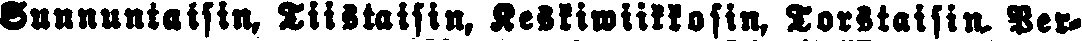
Sunnuntaisin, Tiistaisin, Keskiwiikkosin, Torstaisin, Per-